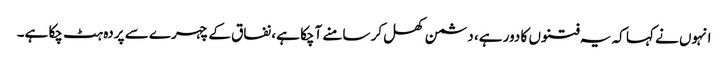
انہوں نے کہا کہ یہ فتنوں کا دور ہے، دشمن کھل کر سامنے آچکا ہے، نفاق کے چہرے سے پردہ ہٹ چکا ہے۔